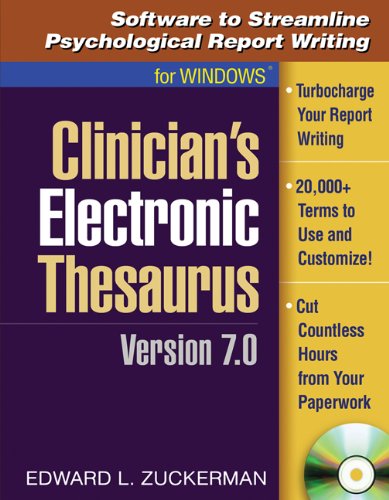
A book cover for Clinician's Electronic Thesaurus, Version 7.0: Software to Streamline Psychological Report Writing (w/ CD-ROM) (The Clinician's Toolbox); Edward L. Zuckerman PhD; Law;